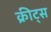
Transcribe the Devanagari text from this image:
क्रीट्स